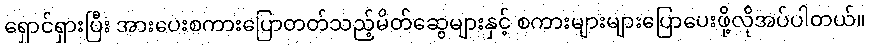
ရှောင်ရှားပြီး အားပေးစကားပြောတတ်သည့်မိတ်ဆွေများနှင့် စကားများများပြောပေးဖို့လိုအပ်ပါတယ်။